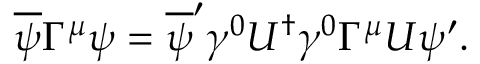
\overline { { { \psi } } } \Gamma ^ { \mu } \psi = \overline { { { \psi } } } ^ { \prime } \gamma ^ { 0 } U ^ { \dag } \gamma ^ { 0 } \Gamma ^ { \mu } U \psi ^ { \prime } .